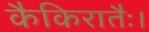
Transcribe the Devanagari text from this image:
कैकिरातैः।